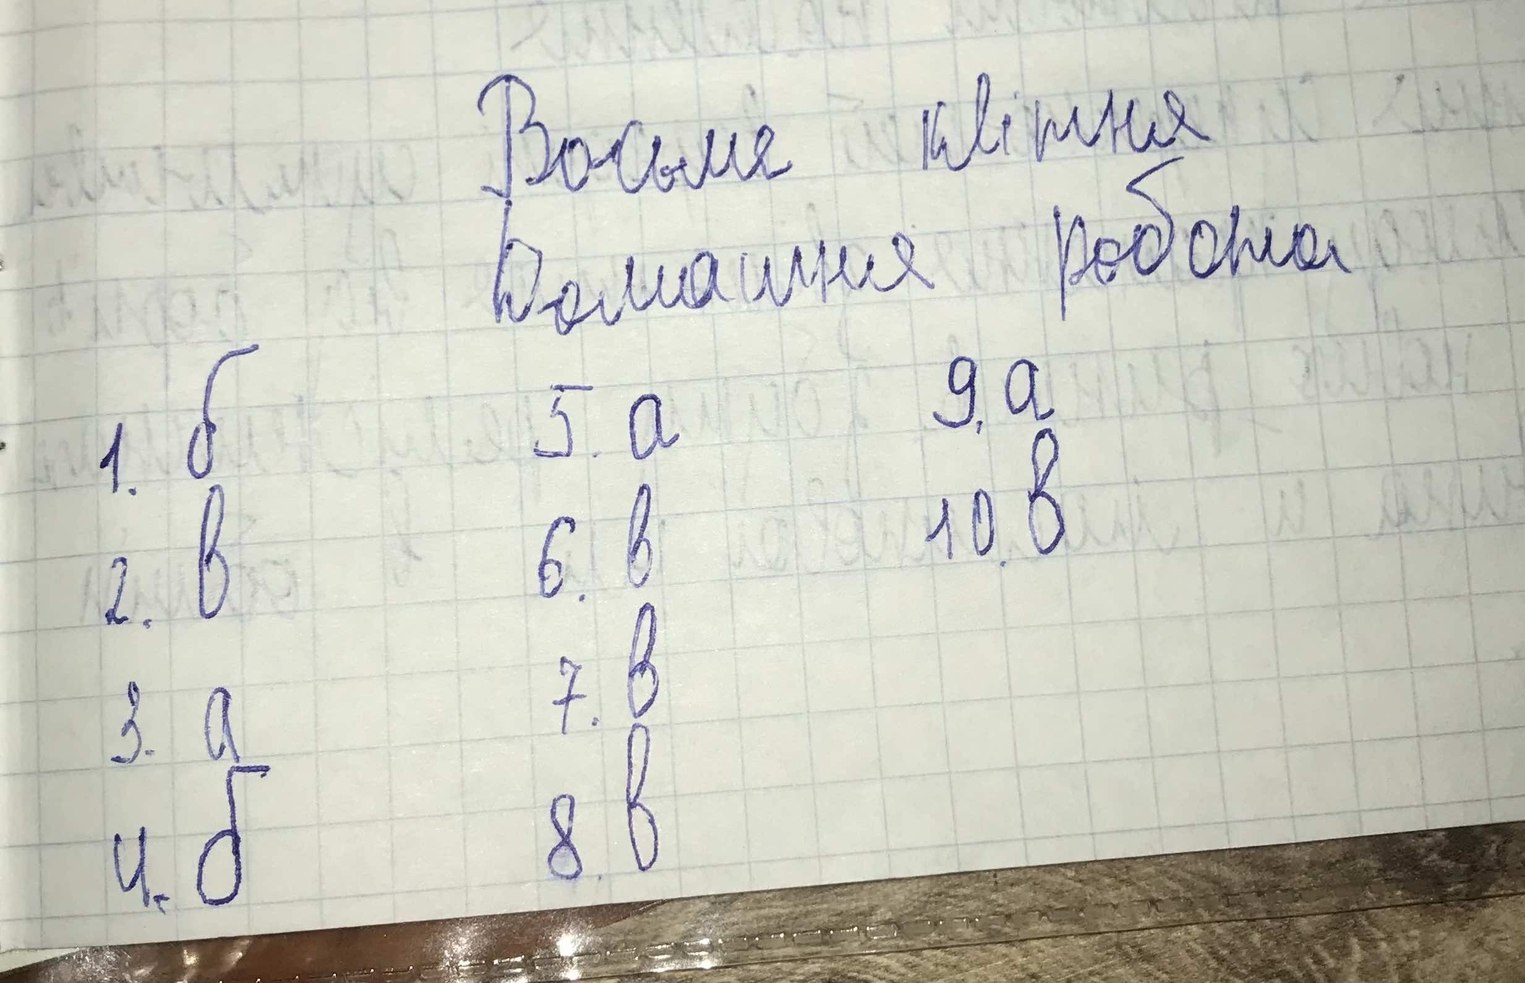
Восьме квітня
Домашня робота
1. б
9. а
5. а
10. в
6. в
2. в
7. в
3. а
4. б
8. в